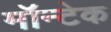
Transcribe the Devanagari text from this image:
मॉन्टेक